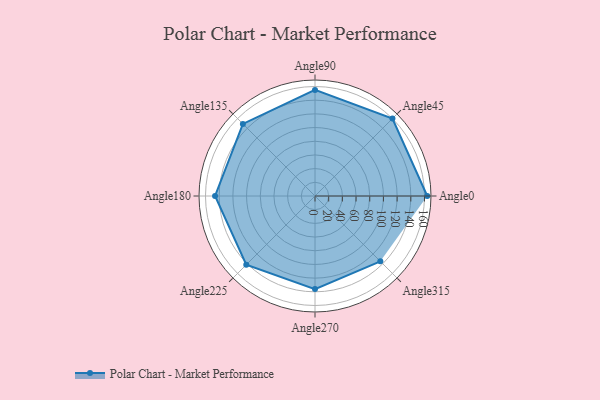
{"axis": {"x": "Angle", "y": "Radius"}, "legend": [""], "data": [{"x": "Angle0", "y": 164.0, "type": ""}, {"x": "Angle45", "y": 160.0, "type": ""}, {"x": "Angle90", "y": 155.0, "type": ""}, {"x": "Angle135", "y": 149.0, "type": ""}, {"x": "Angle180", "y": 146.0, "type": ""}, {"x": "Angle225", "y": 142.0, "type": ""}, {"x": "Angle270", "y": 136.0, "type": ""}, {"x": "Angle315", "y": 135.0, "type": ""}]}